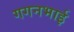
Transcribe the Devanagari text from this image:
गगनभाई